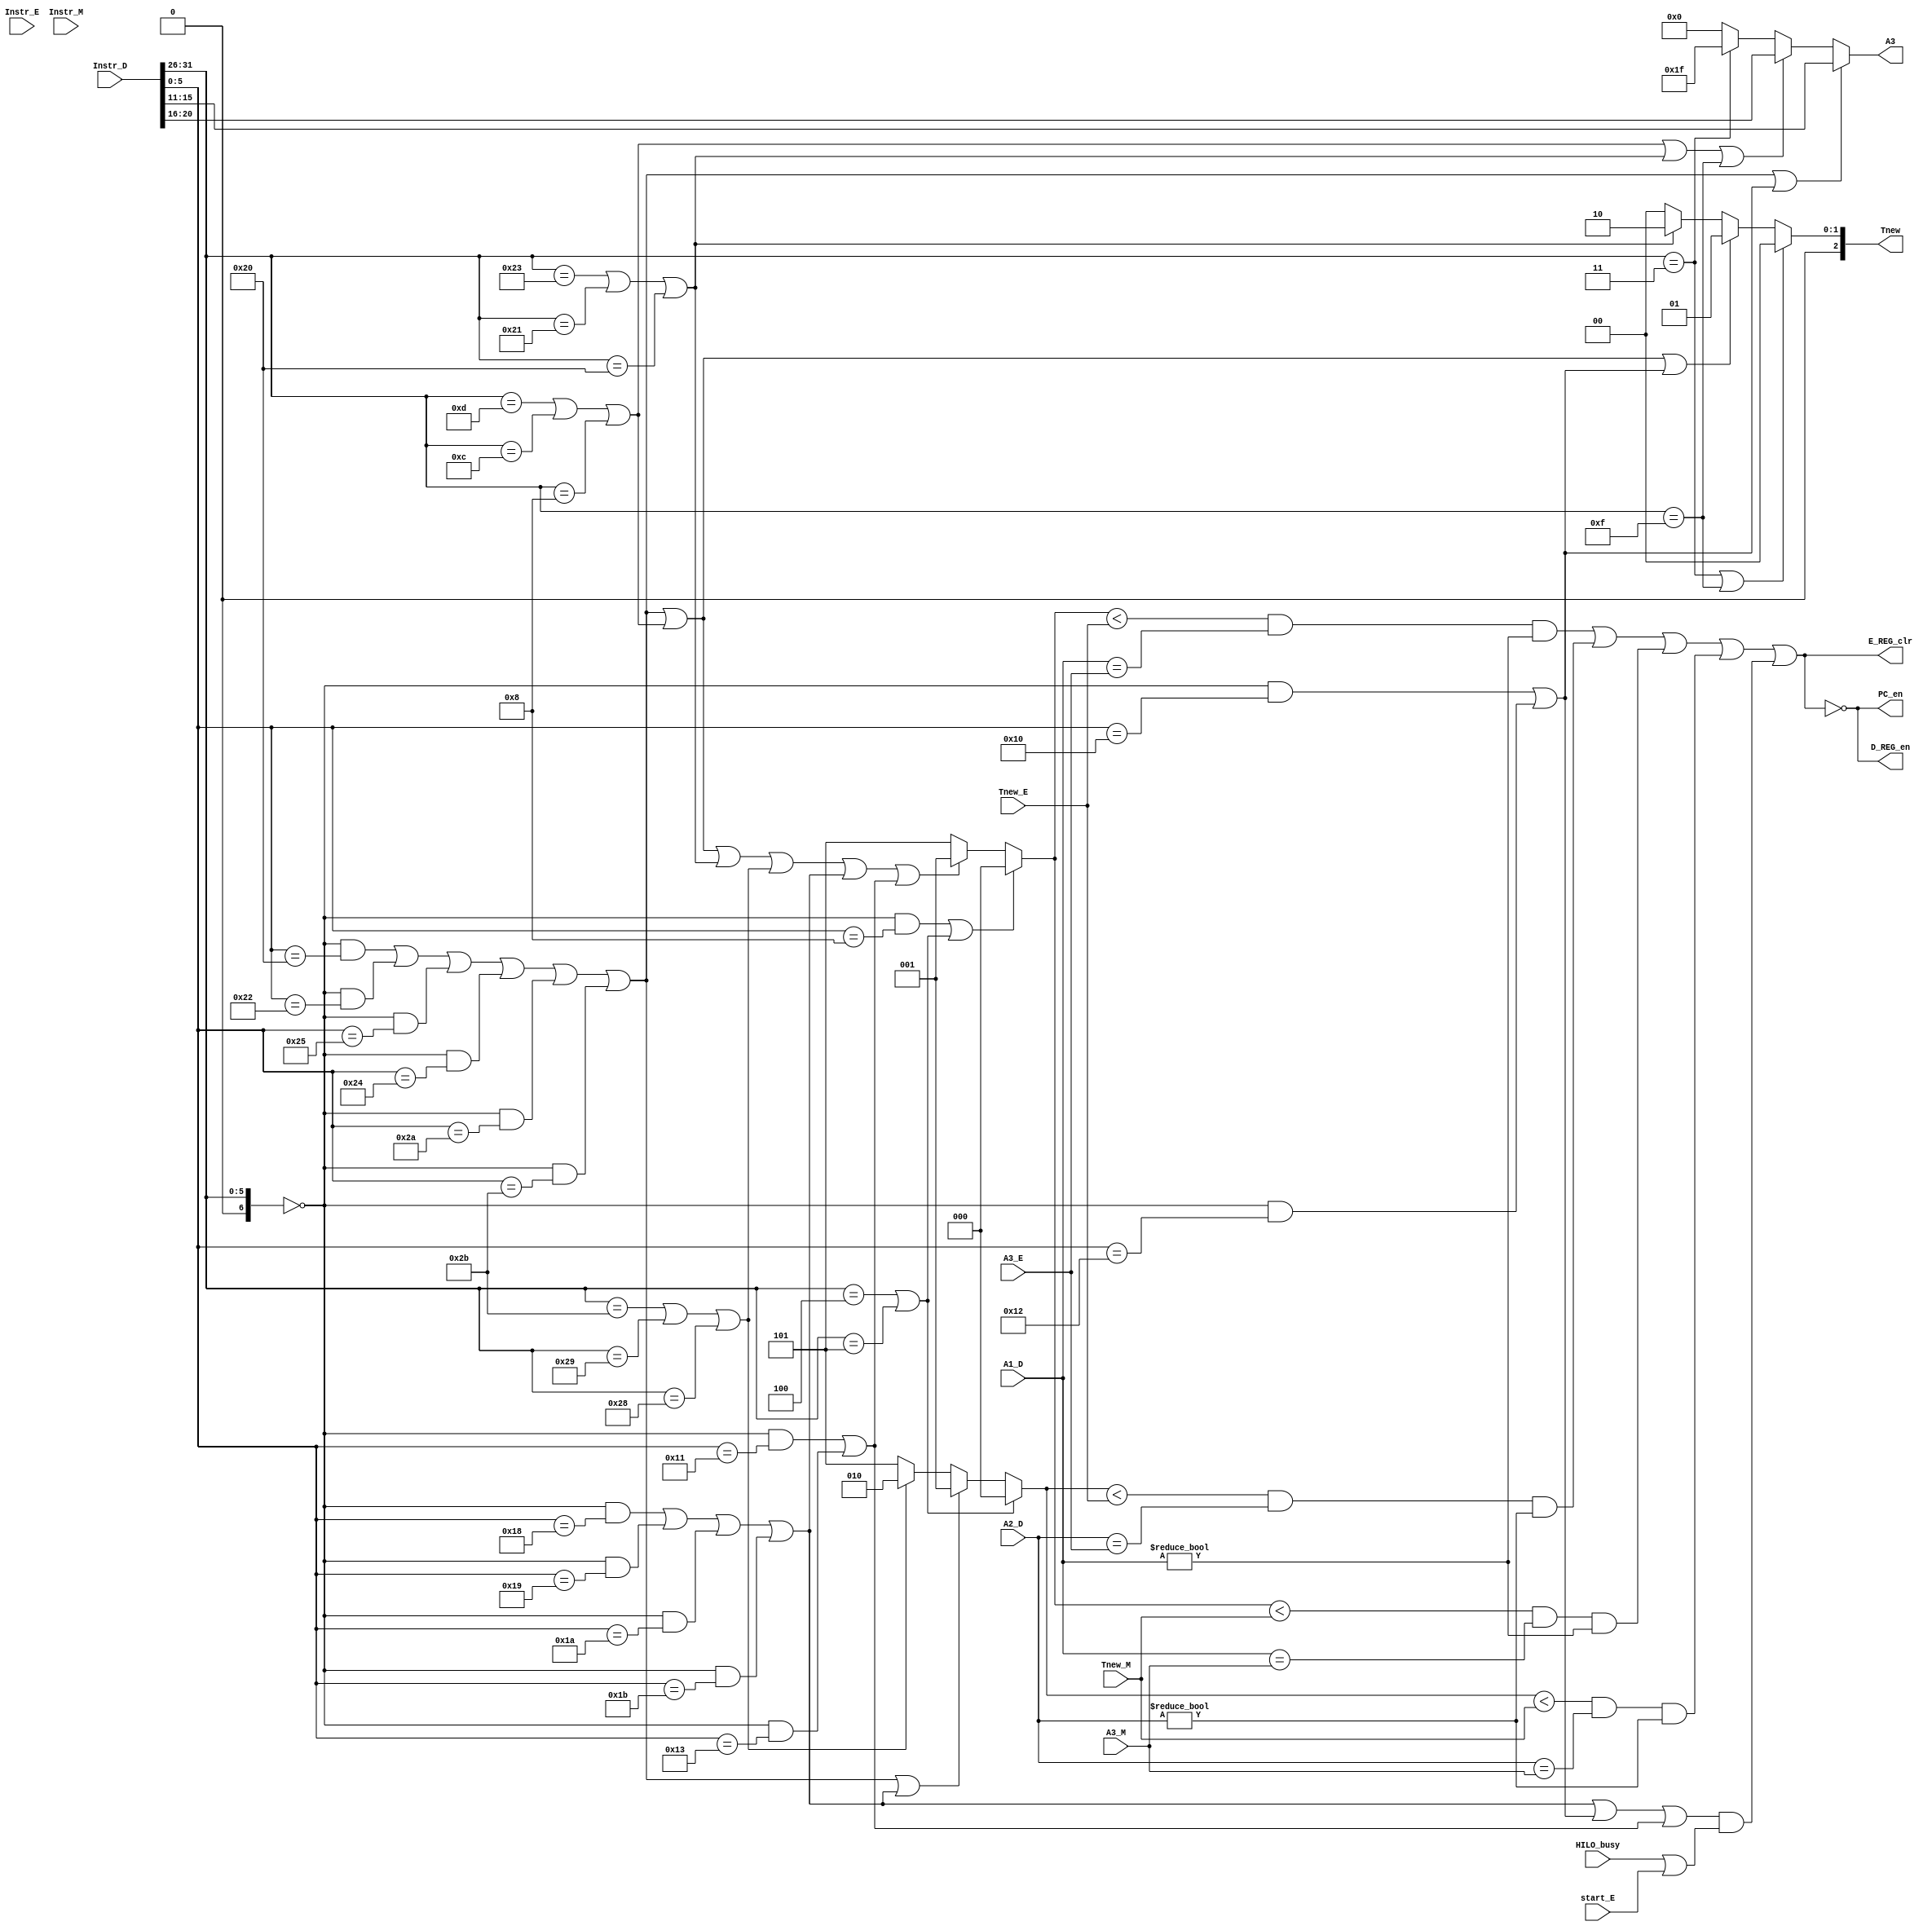
`timescale 1ns / 1ps

//--------//

`define R_Type 6'b000000

//StatementRFunctROp

//----cal_r----//    `timescale 1ns / 1ps

//--------//

`define R_Type 6'b000000

//StatementRFunctROp

//----cal_r----//          
`define add_Funct 6'b100000
`define sub_Funct 6'b100010
`define and_Funct 6'b100100 
`define or_Funct  6'b100101
`define slt_Funct  6'b101010
`define sltu_Funct 6'b101011

//----cal_i----//     
`define ori_Op 6'b001101
`define addi_Op 6'b001000
`define andi_Op 6'b001100

//----lui----//
`define lui_Op 6'b001111

//----branch----//
`define beq_Op 6'b000100
`define bne_Op 6'b000101


//----load-----//           
`define lw_Op  6'b100011
`define lh_Op  6'b100001
`define lb_Op  6'b100000

//----store----//
`define sw_Op  6'b101011
`define sh_Op  6'b101001
`define sb_Op  6'b101000

//----jumplink----//
`define jal_Op 6'b000011   

//----jumpreg----//
`define jr_Funct  6'b001000

//----md----//
`define mult_Funct  6'b011000
`define multu_Funct 6'b011001
`define div_Funct   6'b011010
`define divu_Funct  6'b011011

//----mf----//
`define mfhi_Funct  6'b010000
`define mflo_Funct  6'b010010

//----mt----//
`define mthi_Funct  6'b010001
`define mtlo_Funct  6'b010011

module StallUnit(
	 input [31:0] Instr_D,
	 input [31:0] Instr_E,
	 input [31:0] Instr_M,
    input [2:0] Tnew_E,
    input [2:0] Tnew_M,
    input [4:0] A1_D,
    input [4:0] A2_D,
    input [4:0] A3_E,
    input [4:0] A3_M,
	 input HILO_busy,
	 input start_E,
	
    output [2:0] Tnew,
    //----A----//
    output [4:0] A3,
    output D_REG_en,
    output E_REG_clr,
    output PC_en
);

//--------//
    wire [6:0] Op_D = Instr_D[31:26];
    wire [6:0] Funct_D = Instr_D[5:0]; 

//----cal_r----//
    wire add_D=(Op_D==`R_Type)&&(Funct_D==`add_Funct);
    wire sub_D=(Op_D==`R_Type)&&(Funct_D==`sub_Funct);
	 wire or_D=(Op_D==`R_Type)&&(Funct_D==`or_Funct);
	 wire and_D=(Op_D==`R_Type)&&(Funct_D==`and_Funct);
	 wire slt_D=(Op_D==`R_Type)&&(Funct_D==`slt_Funct);
	 wire sltu_D=(Op_D==`R_Type)&&(Funct_D==`sltu_Funct);
    wire cal_r_D=add_D|sub_D|or_D|and_D|slt_D|sltu_D;

//----cal_i----//
    wire ori_D=(Op_D==`ori_Op);
	 wire andi_D=(Op_D==`andi_Op);
	 wire addi_D=(Op_D==`addi_Op);
    wire cal_i_D=ori_D|andi_D|addi_D;
	 
//----lui----//
	wire lui_D=(Op_D==`lui_Op);

//----branch----//
    wire beq_D=(Op_D==`beq_Op);
	 wire bne_D=(Op_D==`bne_Op);
    wire branch_D=beq_D|bne_D;

//----load----//
    wire lw_D=(Op_D==`lw_Op);
	 wire lh_D=(Op_D==`lh_Op);
	 wire lb_D=(Op_D==`lb_Op);
    wire load_D=lw_D|lh_D|lb_D;

//----store----//
    wire sw_D=(Op_D==`sw_Op);
	 wire sh_D=(Op_D==`sh_Op);
	 wire sb_D=(Op_D==`sb_Op);
    wire store_D=sw_D|sh_D|sb_D;
    
//----jumpreg_D----//
    wire jr_D=(Op_D==`R_Type)&&(Funct_D==`jr_Funct);
	 
	 wire jumpreg_D=jr_D;

//----jumplink_D----//
    wire jal_D=(Op_D==`jal_Op);

	 wire jumplink_D=jal_D;

//----md----//
	wire mult_D=(Op_D==`R_Type)&&(Funct_D==`mult_Funct);
	wire multu_D=(Op_D==`R_Type)&&(Funct_D==`multu_Funct);
	wire div_D=(Op_D==`R_Type)&&(Funct_D==`div_Funct);
	wire divu_D=(Op_D==`R_Type)&&(Funct_D==`divu_Funct);
	
	wire md_D=mult_D|multu_D|div_D|divu_D;
	
//----mf----//
	wire mfhi_D=(Op_D==`R_Type)&&(Funct_D==`mfhi_Funct);
	wire mflo_D=(Op_D==`R_Type)&&(Funct_D==`mflo_Funct);
	wire mf_D=mfhi_D|mflo_D;
	
//----mt----//
	wire mthi_D=(Op_D==`R_Type)&&(Funct_D==`mthi_Funct);
	wire mtlo_D=(Op_D==`R_Type)&&(Funct_D==`mtlo_Funct);
	wire mt_D=mthi_D|mtlo_D;

    assign Tnew=   (jumplink_D|lui_D)?3'd0:
						 (cal_r_D|cal_i_D|mf_D)?3'd1:
                   (load_D)?3'd2:3'd0;
	
    assign A3=  (cal_r_D|mf_D)? Instr_D[15:11]:             //Rd
                (cal_i_D|load_D|lui_D)? Instr_D[20:16]:     //Rt
                (jumplink_D)?5'd31:5'd0; 						   //$31
					
    //----AT_Decode----//
    wire [2:0] Rs_Tuse=  (jumpreg_D|branch_D)?3'd0:
							    (cal_r_D|cal_i_D|load_D|store_D|md_D|mt_D)?3'd1:3'd5;

    wire [2:0] Rt_Tuse=	(branch_D)?3'd0:
							(cal_r_D|md_D)?3'd1:
							(store_D)?3'd2:3'd5;

//----Tuse<Tnew0----//

    wire StallRs_E=(Rs_Tuse<Tnew_E) && (A1_D == A3_E)&&(A1_D!=5'b0);    
    wire StallRt_E=(Rt_Tuse<Tnew_E) && (A2_D == A3_E)&&(A2_D!=5'b0);

    wire StallRs_M=(Rs_Tuse<Tnew_M) && (A1_D == A3_M)&&(A1_D!=5'b0);
    wire StallRt_M=(Rt_Tuse<Tnew_M) && (A2_D == A3_M)&&(A2_D!=5'b0);
	 
	 wire Stall_HILO=(md_D||mf_D||mt_D) && (HILO_busy||start_E);
	 
    assign stall=StallRs_E||StallRt_E||StallRs_M||StallRt_M||Stall_HILO;

    assign D_REG_en =~stall;
    assign E_REG_clr =stall;
    assign PC_en=~stall;

endmodule